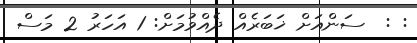
: :  ސަންއަށް ޚަބަރެއް ދެއްވުމަށް: 1 އަހަރު 2 މަސް